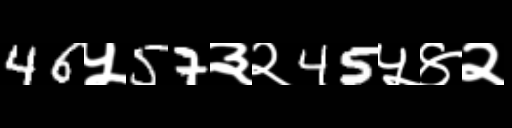
Text: 46५57३२45५४२